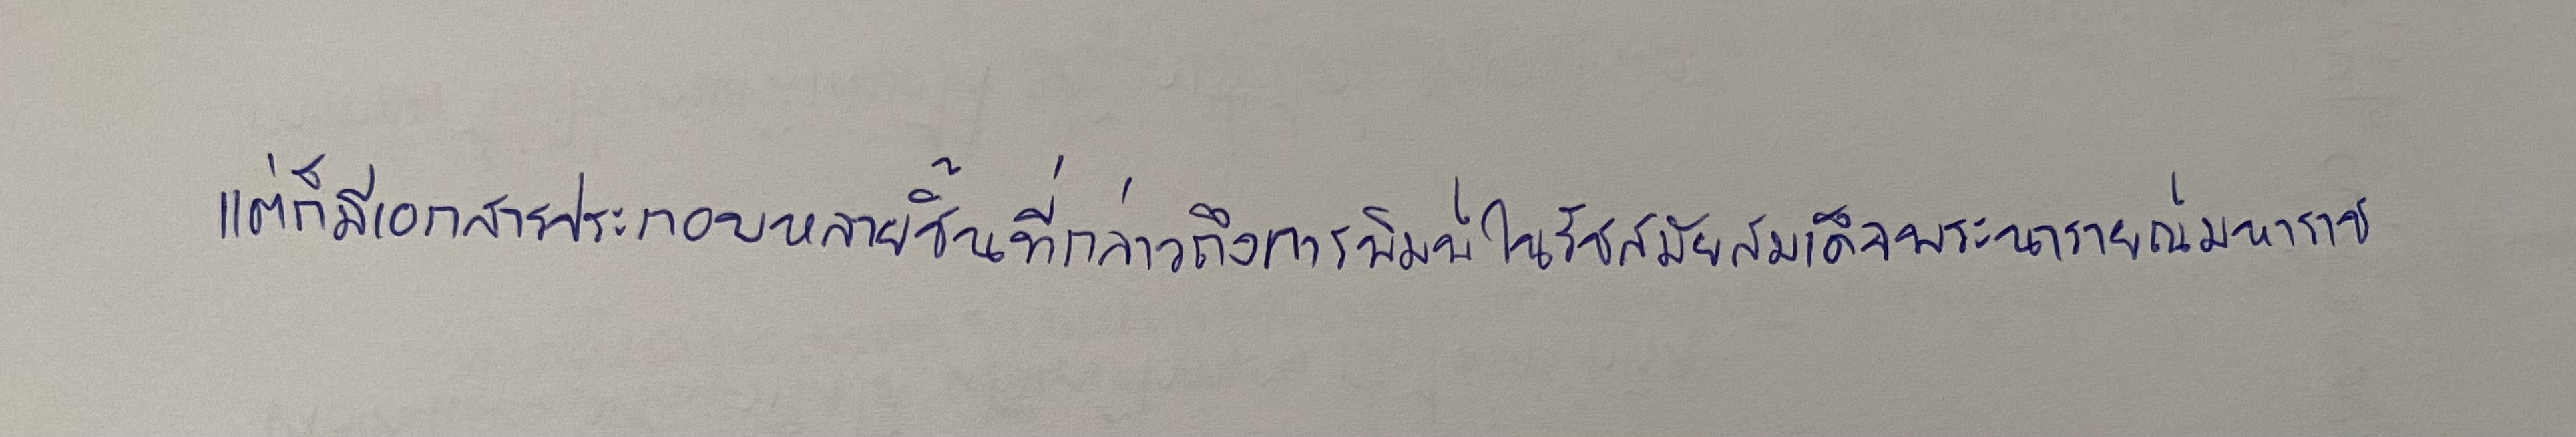
แต่ก็มีเอกสารประกอบหลายชิ้นที่กล่าวถึงการพิมพ์ในรัชสมัยสมเด็จพระนารายณ์มหาราช